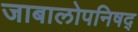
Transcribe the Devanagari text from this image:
जाबालोपनिषद्